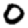
Digit: 0